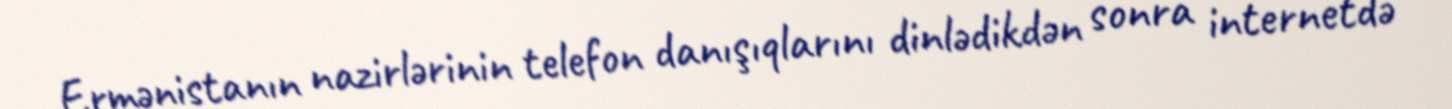
Ermənistanın nazirlərinin telefon danışıqlarını dinlədikdən sonra internetdə